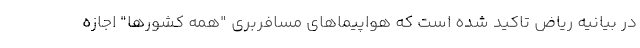
در بیانیه ریاض تاکید شده است که هواپیماهای مسافربری "همه کشورها" اجازه